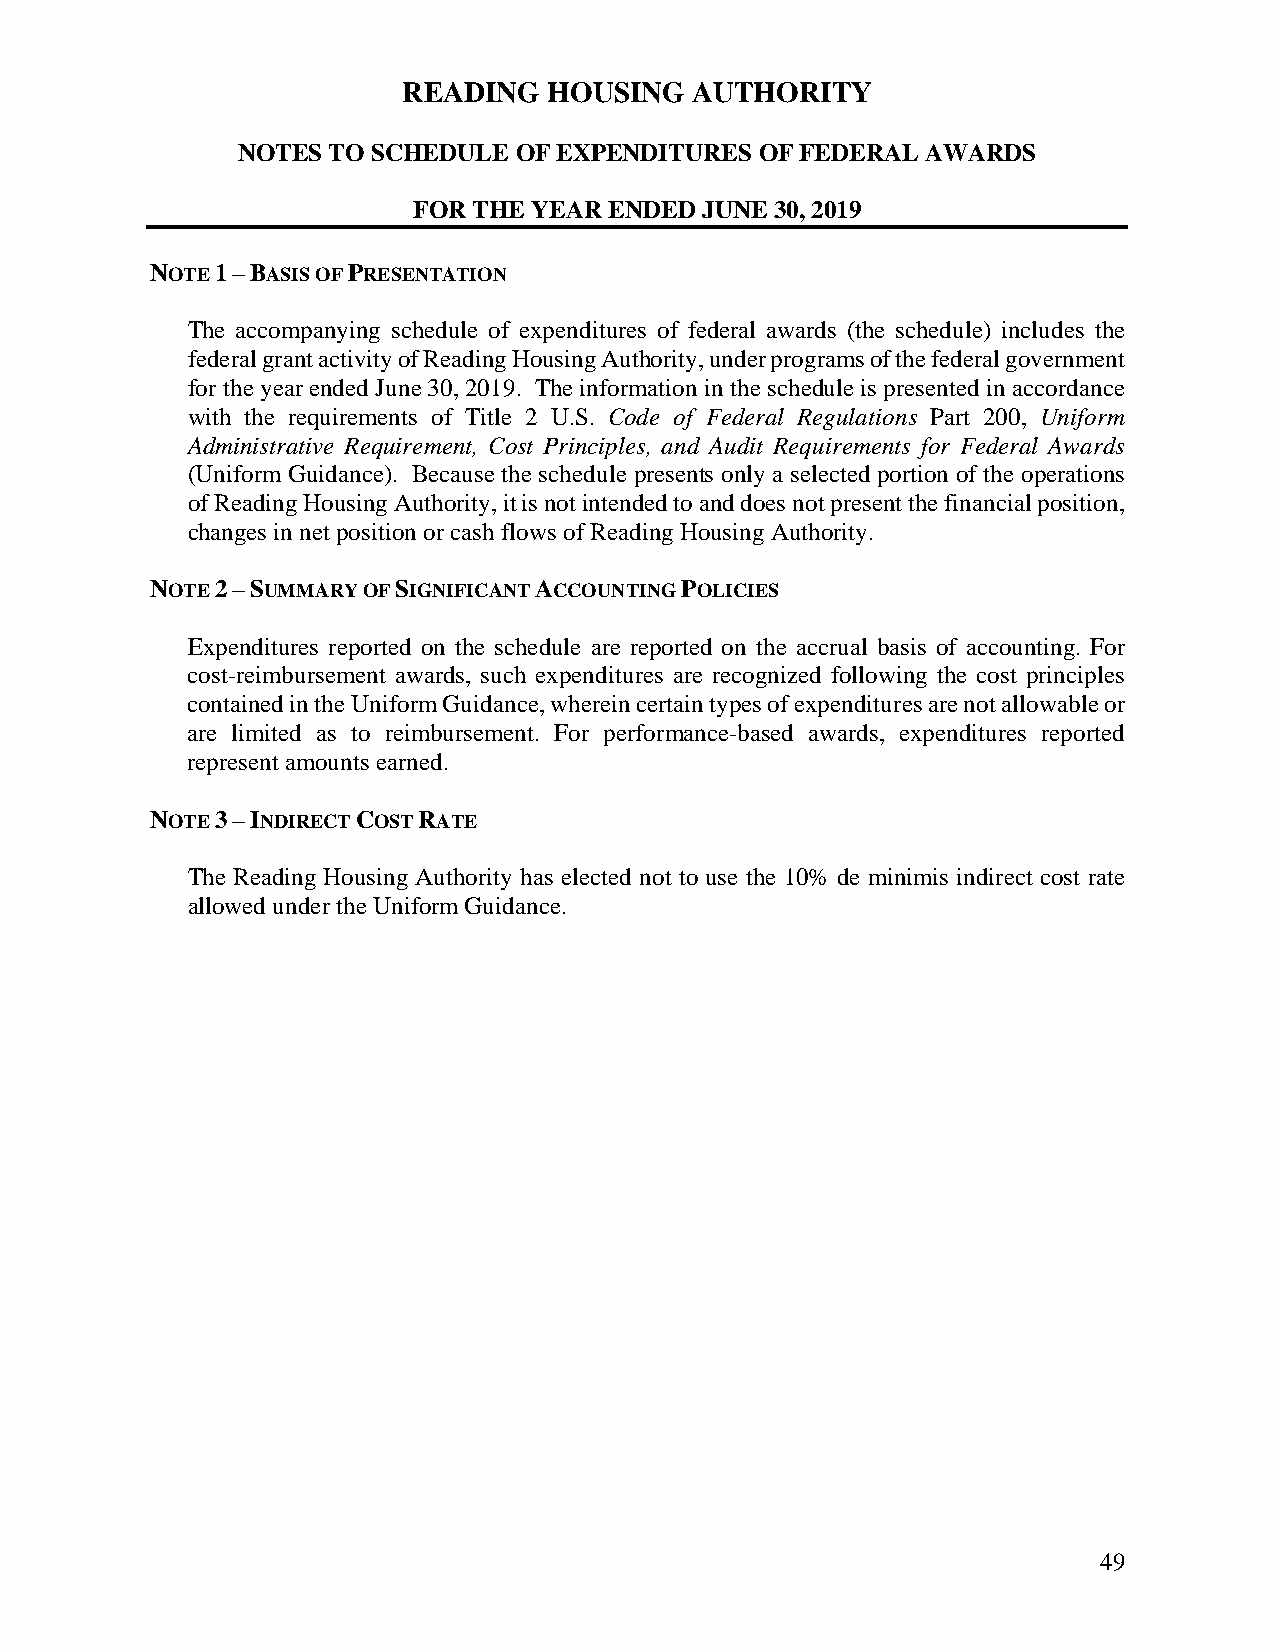
READING  HOUSING   AUTHORITY
 NOTES TO SCHEDULE OF EXPENDITURES OF FEDERAL AWARDS
 FOR THE YEAR ENDED  JUNE 30, 2019
 NOTE 1 – BASIS OF PRESENTATION
 The accompanying schedule of expenditures of federal awards (the schedule) includes the
 federal grant activity of Reading Housing Authority, under programs of the federal government
 for the year ended June 30, 2019. The information in the schedule is presented in accordance
 with the requirements of Title 2 U.S. Code of Federal Regulations Part 200, Uniform
 Administrative Requirement, Cost Principles, and Audit Requirements for Federal Awards
 (Uniform Guidance). Because the schedule presents only a selected portion of the operations
 of Reading Housing Authority, it is not intended to and does not present the financial position,
 changes in net position or cash flows of Reading Housing Authority.
 NOTE 2 – SUMMARY OF SIGNIFICANT ACCOUNTING POLICIES
 Expenditures reported on the schedule are reported on the accrual basis of accounting. For
 cost-reimbursement awards, such expenditures are recognized following the cost principles
 contained in the Uniform Guidance, wherein certain types of expenditures are not allowable or
 are limited as to reimbursement. For performance-based awards, expenditures reported
 represent amounts earned.
 NOTE 3 – INDIRECT COST RATE
 The Reading Housing Authority has elected not to use the 10% de minimis indirect cost rate
 allowed under the Uniform Guidance.
 49